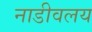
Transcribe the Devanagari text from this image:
नाडीवलय